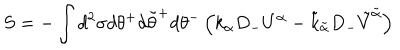
LaTeX: S = - \int d ^ { 2 } \sigma d \theta ^ { + } d \tilde { \theta } ^ { + } d \theta ^ { - } \left( k _ { \alpha } D _ { - } U ^ { \alpha } - \tilde { k } _ { \tilde { \alpha } } D _ { - } \tilde { V } ^ { \tilde { \alpha } } \right)